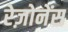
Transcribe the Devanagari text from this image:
रेज़ोनेंस